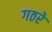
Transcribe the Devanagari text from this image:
गठरे